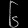
Digit: ၆